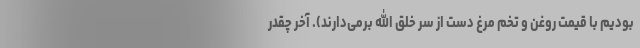
بودیم با قیمت روغن و تخم مرغ دست از سر خلق الله برمی‌دارند). آخر چقدر